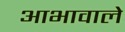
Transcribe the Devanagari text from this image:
आभावाले